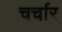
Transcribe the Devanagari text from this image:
चर्चार्